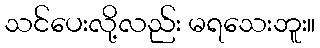
သင်ပေးလို့လည်း မရသေးဘူး။